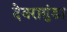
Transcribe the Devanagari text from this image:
देवरागुंडा